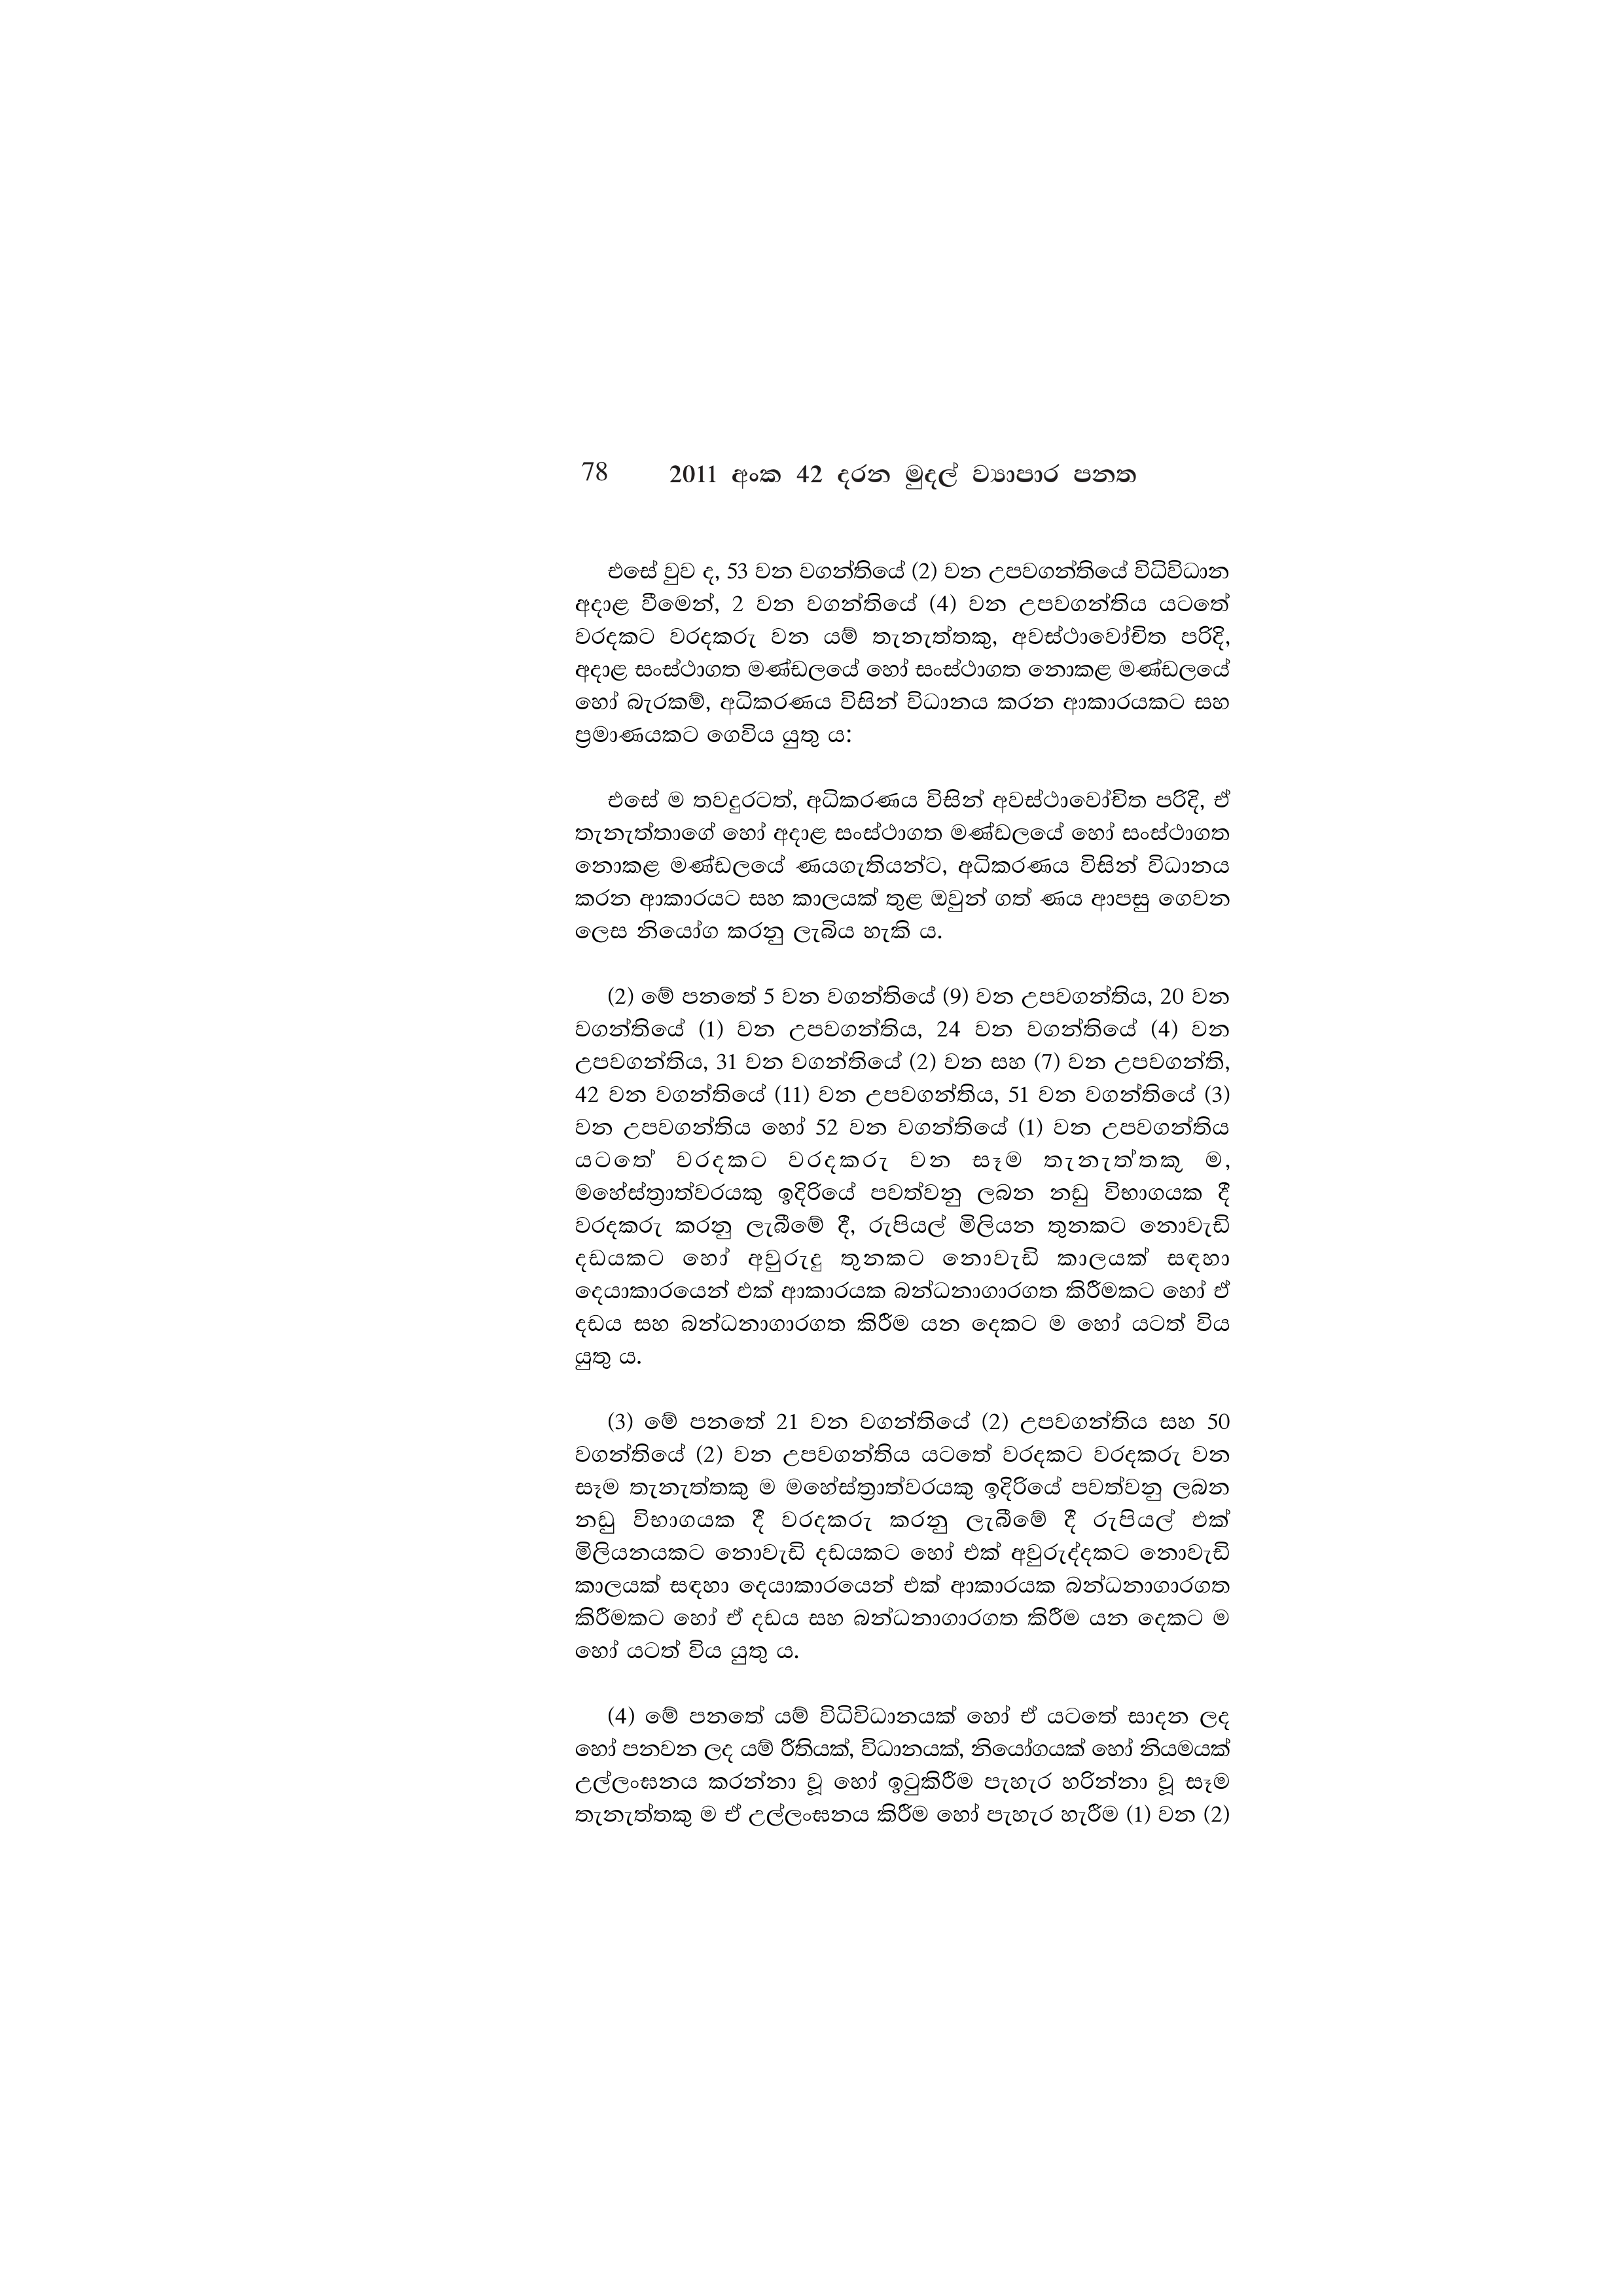
78 2011 අංක 42 දරන මුදල් ව්‍යාපාර පනත

එසේ වුව ද, 53 වන වගන්තියේ (2) වන උපවගන්තියේ විධිවිධාන
අදාළ වීමෙන්, 2 වන වගන්තියේ (4) වන උපවගන්තිය යටතේ
වරදකට වරදකරු වන යම් තැනැත්තකු, අවස්ථාවෝචිත පරිදි,
අදාළ සංස්ථාගත මණ්ඩලයේ හෝ සංස්ථාගත නොකළ මණ්ඩලයේ
හෝ බැරකම්, අධිකරණය විසින් විධානය කරන ආකාරයකට සහ
ප්‍රමාණයකට ගෙවිය යුතු ය:

එසේ ම තවදුරටත්, අධිකරණය විසින් අවස්ථාවෝචිත පරිදි, ඒ
තැනැත්තාගේ හෝ අදාළ සංස්ථාගත මණ්ඩලයේ හෝ සංස්ථාගත
නොකළ මණ්ඩලයේ ණයගැතියන්ට, අධිකරණය විසින් විධානය
කරන ආකාරයට සහ කාලයක් තුළ ඔවුන් ගත් ණය ආපසු ගෙවන
ලෙස නියෝග කරනු ලැබිය හැකි ය.

(2) මේ පනතේ 5 වන වගන්තියේ (9) වන උපවගන්තිය, 20 වන
වගන්තියේ (1) වන උපවගන්තිය, 24 වන වගන්තියේ (4) වන
උපවගන්තිය, 31 වන වගන්තියේ (2) වන සහ (7) වන උපවගන්ති,
42 වන වගන්තියේ (11) වන උපවගන්තිය, 51 වන වගන්තියේ (3)
වන උපවගන්තිය හෝ 52 වන වගන්තියේ (1) වන උපවගන්තිය
යටතේ වරදකට වරදකරු වන සෑම තැනැත්තකු ම,
මහේස්ත්‍රාත්වරයකු ඉදිරියේ පවත්වනු ලබන නඩු විභාගයක දී
වරදකරු කරනු ලැබීමේ දී, රුපියල් මිලියන තුනකට නොවැඩි
දඩයකට හෝ අවුරුදු තුනකට නොවැඩි කාලයක් සඳහා
දෙයාකාරයෙන් එක් ආකාරයක බන්ධනාගාරගත කිරීමකට හෝ ඒ
දඩය සහ බන්ධනාගාරගත කිරීම යන දෙකට ම හෝ යටත් විය
යුතු ය.

(3) මේ පනතේ 21 වන වගන්තියේ (2) උපවගන්තිය සහ 50
වගන්තියේ (2) වන උපවගන්තිය යටතේ වරදකට වරදකරු වන
සෑම තැනැත්තකු ම මහේස්ත්‍රාත්වරයකු ඉදිරියේ පවත්වනු ලබන
නඩු විභාගයක දී වරදකරු කරනු ලැබීමේ දී රුපියල් එක්
මිලියනයකට නොවැඩි දඩයකට හෝ එක් අවුරුද්දකට නොවැඩි
කාලයක් සඳහා දෙයාකාරයෙන් එක් ආකාරයක බන්ධනාගාරගත
කිරීමකට හෝ ඒ දඩය සහ බන්ධනාගාරගත කිරීම යන දෙකට ම
හෝ යටත් විය යුතු ය.

(4) මේ පනතේ යම් විධිවිධානයක් හෝ ඒ යටතේ සාදන ලද
හෝ පනවන ලද යම් රීතියක්, විධානයක්, නියෝගයක් හෝ නියමයක්
උල්ලංඝනය කරන්නා වූ හෝ ඉටුකිරීම පැහැර හරින්නා වූ සෑම
තැනැත්තකු ම ඒ උල්ලංඝනය කිරීම හෝ පැහැර හැරීම (1) වන (2)